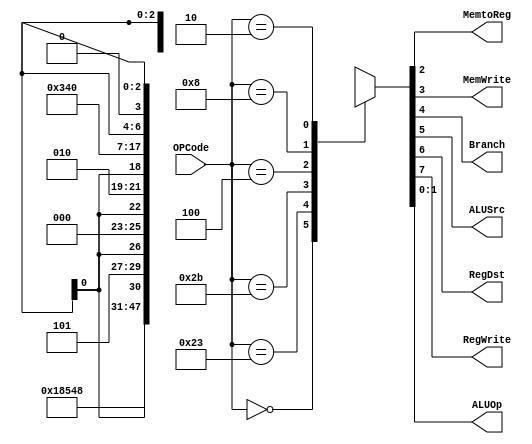
module mainDecoder (
  input      [5:0] OPCode,
  output reg       MemtoReg, MemWrite, Branch, ALUSrc, RegDst, RegWrite,
  output reg [1:0] ALUOp
);

always @(*)
  case (OPCode)
    6'b000000: // R-type
      {RegWrite, RegDst, ALUSrc, Branch, MemWrite, MemtoReg, ALUOp} = 8'b1_1_0_0_0_0_10;
	 
	  6'b100011: // lw
	    {RegWrite, RegDst, ALUSrc, Branch, MemWrite, MemtoReg, ALUOp} = 8'b1_0_1_0_0_1_00;
	 
	  6'b101011: // sw
	    {RegWrite, RegDst, ALUSrc, Branch, MemWrite, MemtoReg, ALUOp} = 8'b0_x_1_0_1_x_00;
	 
	  6'b000100: // beq
	    {RegWrite, RegDst, ALUSrc, Branch, MemWrite, MemtoReg, ALUOp} = 8'b0_x_0_1_0_x_01;
	 
	  6'b001000: // addi
	    {RegWrite, RegDst, ALUSrc, Branch, MemWrite, MemtoReg, ALUOp} = 8'b1_0_1_0_0_0_00;
	 
	  6'b000010: // j
	    {RegWrite, RegDst, ALUSrc, Branch, MemWrite, MemtoReg, ALUOp} = 8'b0_x_x_x_0_x_xx;
	 
	 default: 
	   {RegWrite, RegDst, ALUSrc, Branch, MemWrite, MemtoReg, ALUOp} = 8'bx_x_x_x_x_x_xx;
  endcase

endmodule